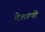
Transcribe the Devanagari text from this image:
देशानी